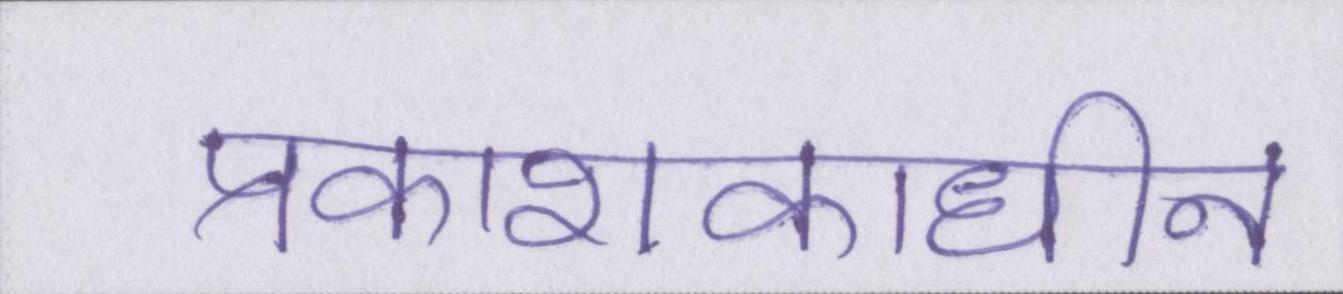
प्रकाशकाधीन